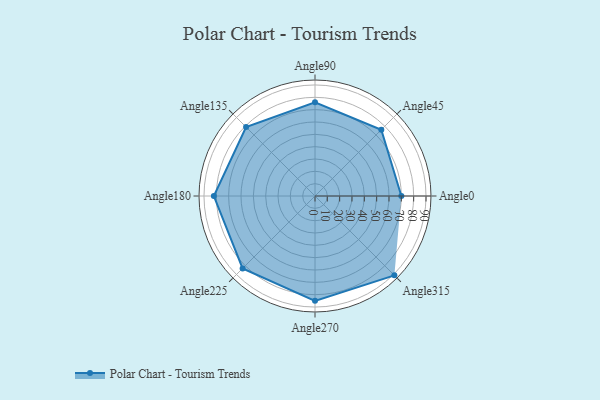
{"axis": {"x": "Angle", "y": "Radius"}, "legend": [""], "data": [{"x": "Angle0", "y": 70.0, "type": ""}, {"x": "Angle45", "y": 76.0, "type": ""}, {"x": "Angle90", "y": 76.0, "type": ""}, {"x": "Angle135", "y": 79.0, "type": ""}, {"x": "Angle180", "y": 82.0, "type": ""}, {"x": "Angle225", "y": 83.0, "type": ""}, {"x": "Angle270", "y": 85.0, "type": ""}, {"x": "Angle315", "y": 91.0, "type": ""}]}